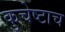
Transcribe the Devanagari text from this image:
कुचेष्टाच